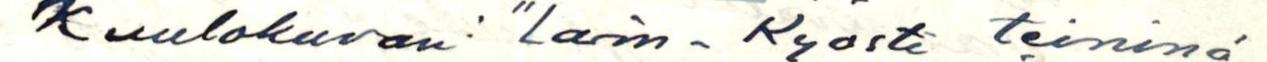
Kuulokuvan: "Larin-Kyösti teininä